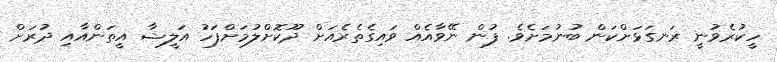
ހީކުރެވުނީ ރަނގަޅަށްކަން ބުނުމަށެވެ. ފުން ނޭވާއެއް ވައިގެތެރެއަށް ދޫކޮށްލުމަށްފަހު އަލީޝާ އީތަންއާއި ދުރަށް